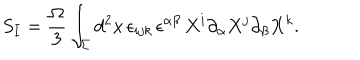
LaTeX: S _ { I } = { \frac { \Omega } { 3 } } \int _ { \Sigma } d ^ { 2 } x \, \epsilon _ { i j k } \, \epsilon ^ { \alpha \beta } \, X ^ { i } \partial _ { \alpha } X ^ { j } \partial _ { \beta } X ^ { k } .